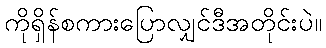
ကိုရှိန်စကားပြောလျှင်ဒီအတိုင်းပဲ။